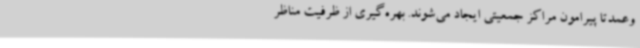
وعمدتاً پیرامون مراکز جمعیتی ایجاد می‌شوند. بهره‌گیری از ظرفیت مناظر